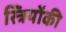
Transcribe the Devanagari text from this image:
स्त्रियोंकी